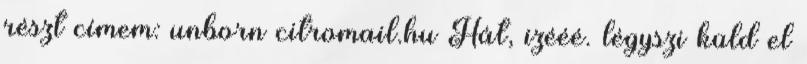
részt címem: unborn citromail.hu Hát, izééé. légyszi küld el